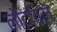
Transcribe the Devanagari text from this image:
नोंदविलॆ